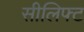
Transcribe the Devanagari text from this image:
सीलिफ्ट